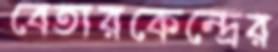
বেতারকেন্দ্রের